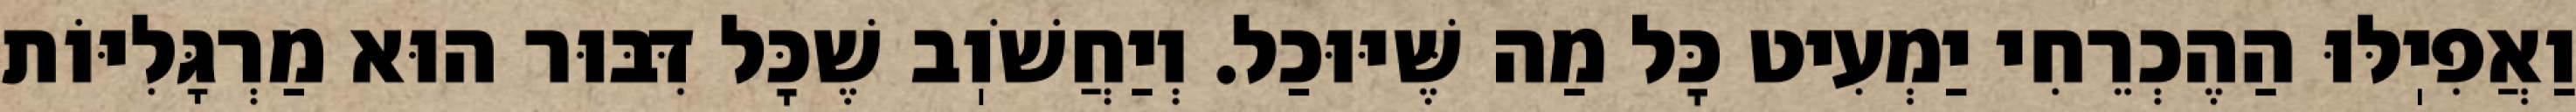
וַאֲפִיֽלּוּ הַהֶכְרֵחִי יַמְעִיט כׇּל מַה שֶּׁיּוּכַל. וְיַחֲשֹׁוֽב שֶׁכׇּל דִּבּוּר הוּא מַרְגָּלִיּוֹת